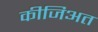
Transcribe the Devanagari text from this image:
कीजिअत